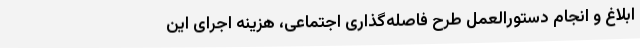
ابلاغ و انجام دستورالعمل طرح فاصله‌گذاری اجتماعی، هزینه اجرای این